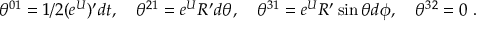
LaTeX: \theta ^ { 0 1 } = 1 / 2 ( e ^ { U } ) ^ { \prime } d t , \quad \theta ^ { 2 1 } = e ^ { U } R ^ { \prime } d \theta , \quad \theta ^ { 3 1 } = e ^ { U } R ^ { \prime } \sin \theta d \phi , \quad \theta ^ { 3 2 } = 0 \ .